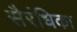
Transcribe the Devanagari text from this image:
सैरंधिका